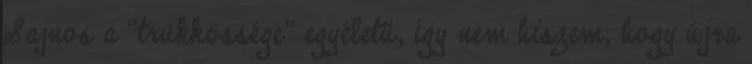
Sajnos a “trükkössége” egyéletű, így nem hiszem, hogy újra